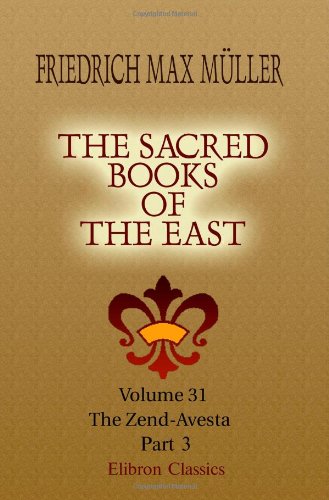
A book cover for The Sacred Books of the East: Volume 31. The Zend-Avesta. Part 3; Friedrich Max MÃ¼ller; Religion & Spirituality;